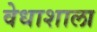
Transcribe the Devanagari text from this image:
वेधाशाला